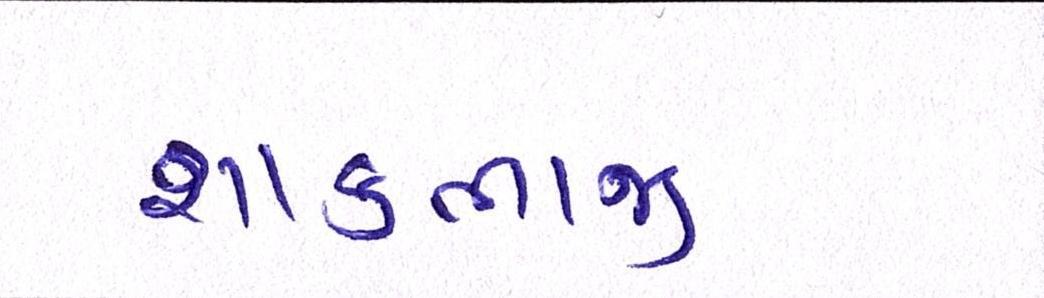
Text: શાકભાજી